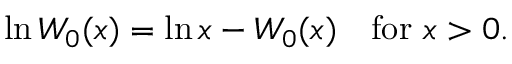
\ln W _ { 0 } ( x ) = \ln x - W _ { 0 } ( x ) \quad { \mathrm { f o r ~ } } x > 0 .